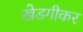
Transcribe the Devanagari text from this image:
खेडगीकर